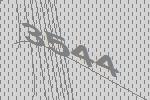
3544